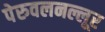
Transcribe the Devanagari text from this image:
पेरुवलनल्लूर